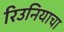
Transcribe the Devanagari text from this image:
रिउनियाचा